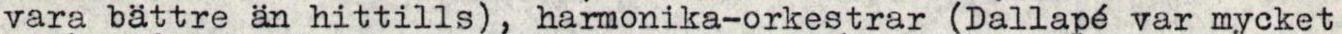
vara bättre än hittills), harmonika-orkestrar (Dallapé var mycket